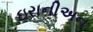
ઇરાનીઅન